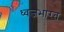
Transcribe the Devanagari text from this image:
ध्वजभारत